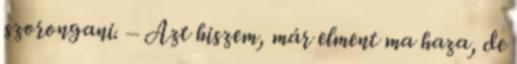
szorongani. – Azt hiszem, már elment ma haza, de